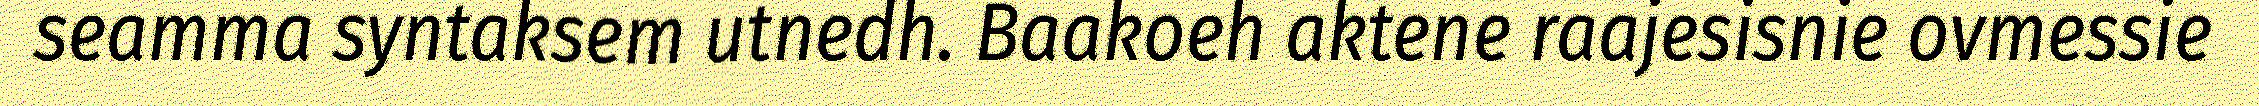
seamma syntaksem utnedh. Baakoeh aktene raajesisnie ovmessie